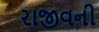
રાજીવની